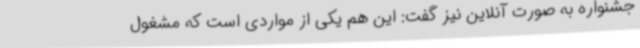
جشنواره به صورت آنلاین نیز گفت: این هم یکی از مواردی است که مشغول